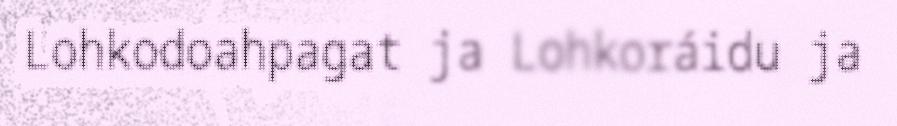
Lohkodoahpagat ja Lohkoráidu ja